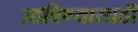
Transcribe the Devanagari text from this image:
उठविण्यासाठी